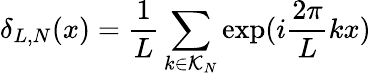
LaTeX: \delta_{L,N}(x)=\frac{1}{L}\sum_{k\in\mathcal{K}_{N}}\exp(i\frac{2\pi}{L}kx)